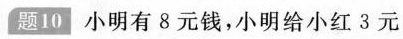
题10 小明有8元钱，小明给小红3元